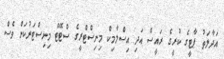
އަދާލަތު ޕާޓީގެ ކުރީގެ ރައީސް އަދި އިސްލާމިކް މިނިސްޓްރީގެ ސްޓޭޓް މިނިސްޓަރުކަން ވެސް